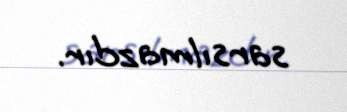
sarsılmazdır.